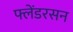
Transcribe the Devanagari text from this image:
फ्लेंडरसन